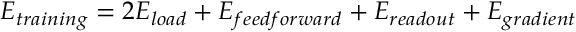
E _ { t r a i n i n g } = 2 E _ { l o a d } + E _ { f e e d f o r w a r d } + E _ { r e a d o u t } + E _ { g r a d i e n t }